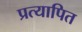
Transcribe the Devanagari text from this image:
प्रत्यापित